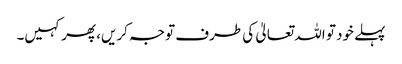
پہلے خود تو اللہ تعالیٰ کی طرف توجہ کریں، پھر کہیں۔